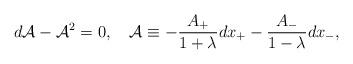
LaTeX: \begin{align*}d{\cal A}-{\cal A}^2=0,\quad {\cal A}\equiv -{A_+\over{1+\lambda}}dx_+ -{A_-\over{1-\lambda}}dx_-,\end{align*}